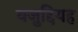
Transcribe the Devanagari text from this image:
वज़ुद्दियह